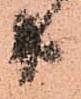
共